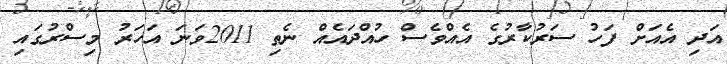
އަދި އެއަށް ފަހު ސަރުކާރުގެ އެއްވެސް ހުއްދައެއް ނެތި 2011ވަނަ އަހަރު މިސްރުގައި